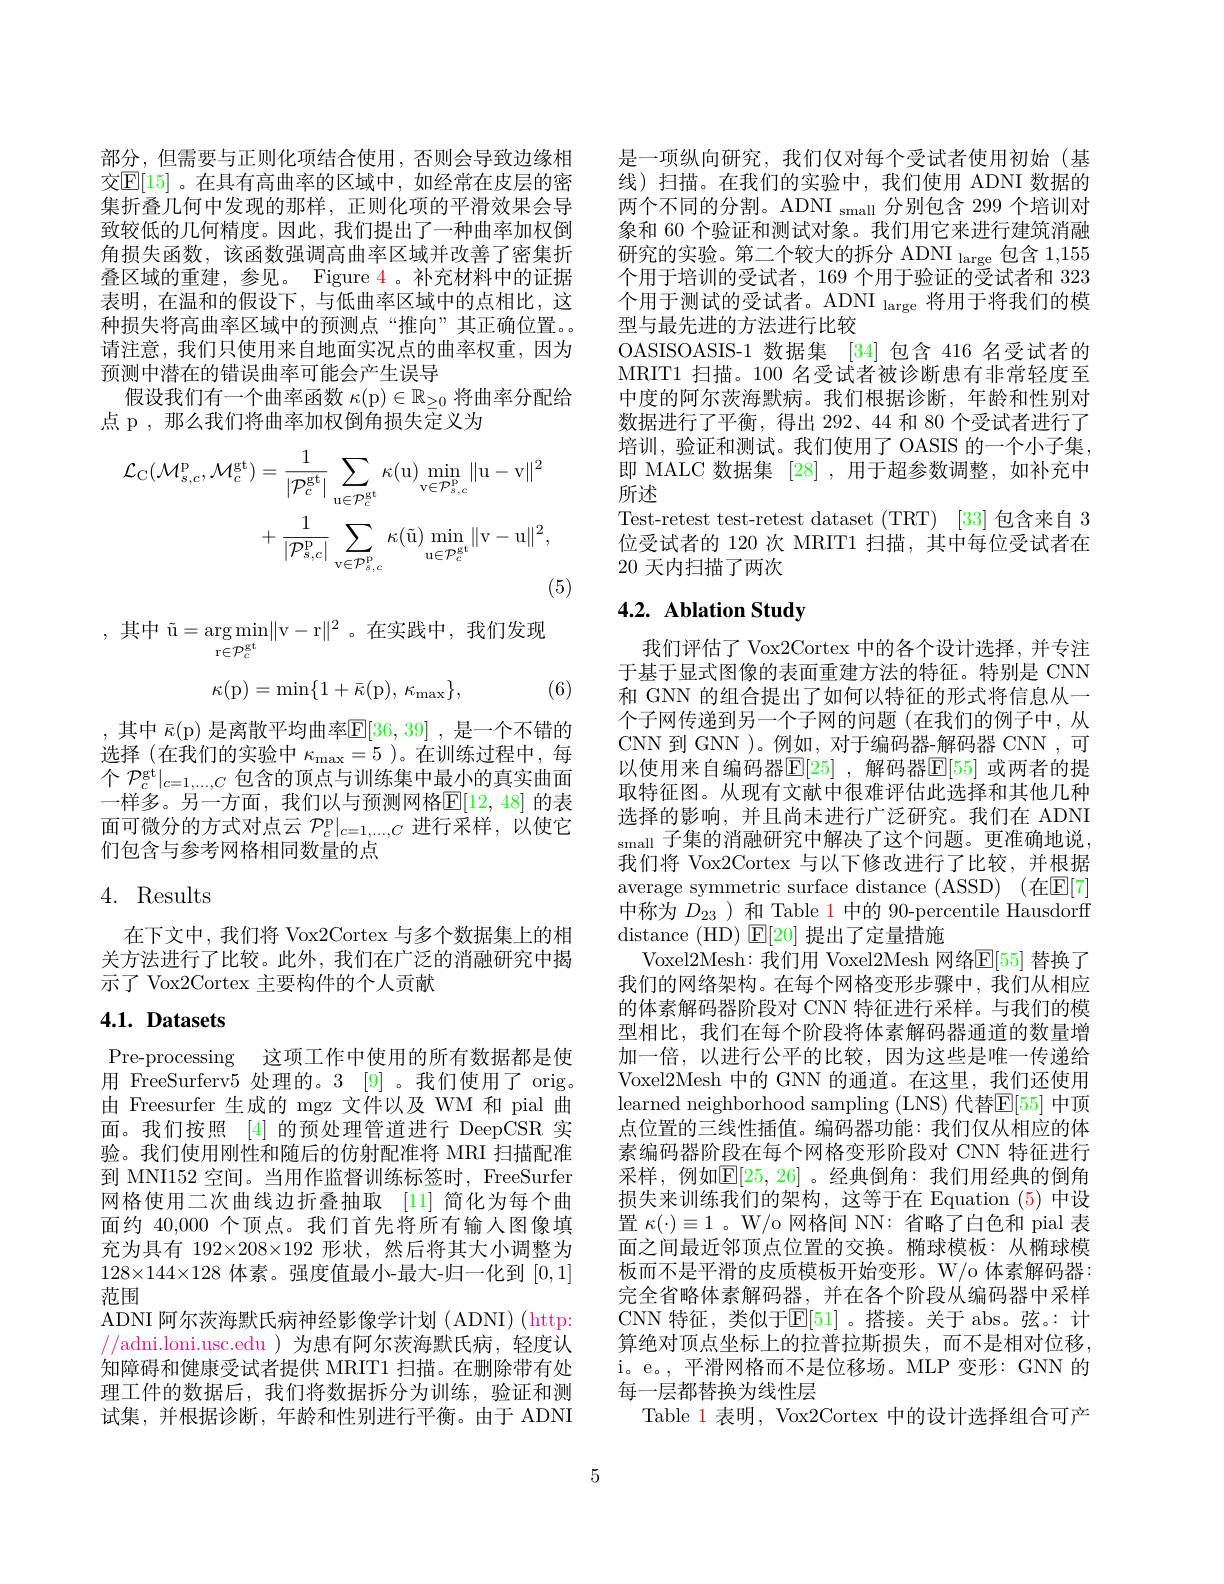
部分，但需要与正则化项结合使用，否则会导致边缘相交$\mathbb{E}[15]$。在具有高曲率的区域中，如经常在皮层的密集折叠几何中发现的那样，正则化项的平滑效果会导致较低的几何精度。因此，我们提出了一种曲率加权倒角损失函数，该函数强调高曲率区域并改善了密集折叠区域的重建，参见。Figure 4。补充材料中的证据表明，在温和的假设下，与低曲率区域中的点相比，这种损失将高曲率区域中的预测点“推向”其正确位置。请注意，我们只使用来自地面实况点的曲率权重，因为预测中潜在的错误曲率可能会产生误导
假设我们有一个曲率函数$\kappa(\mathfrak{p})\in\mathbb{R}_\geq0$将曲率分配给
点 p , 那么我们将曲率加权倒角损失定义为
$$\begin{aligned}\mathcal{L}_{\mathrm{C}}(\mathcal{M}_{s,c}^{\mathrm{p}},\mathcal{M}_{c}^{\mathrm{gt}})&=\frac{1}{|\mathcal{P}_{c}^{\mathrm{gt}}|}\sum_{\mathrm{u}\in\mathcal{P}_{c}^{\mathrm{gt}}}\kappa(\mathrm{u})\operatorname*{min}_{\mathrm{v}\in\mathcal{P}_{s,c}^{\mathrm{p}}}\|\mathrm{u}-\mathrm{v}\|^{2}\\&+\frac{1}{|\mathcal{P}_{s,c}^{\mathrm{p}}|}\sum_{\mathrm{v}\in\mathcal{P}_{s,c}^{\mathrm{p}}}\kappa(\tilde{\mathrm{u}})\operatorname*{min}_{\mathrm{u}\in\mathcal{P}_{c}^{\mathrm{gt}}}\|\mathrm{v}-\mathrm{u}\|^{2},\end{aligned}$$
(5)

,其中$\tilde{\text{u}}=\arg\min_\mathrm{r\in\mathcal{P}_c^\mathrm{gt}}\|$v-r$\|^2$。在实践中，我们发现
$$\kappa(\mathrm{p})=\min\{1+\bar{\kappa}(\mathrm{p}),\:\kappa_{\max}\},$$
(6)

,其中$\bar{\kappa}(\mathfrak{p})$是离散平均曲率$\mathbb{E}[36,39]$ ,是一个不错的选择(在我们的实验中$\kappa_\mathrm{max}=5$ )。在训练过程中，每个$\mathcal{P}_c^\mathrm{gt}|_{c=1,\ldots,C}$包含的顶点与训练集中最小的真实曲面一样多。另一方面，我们以与预测网格$\mathbb{E}[12,48]$ 的表面可微分的方式对点云$\mathcal{P}_c^\mathrm{p}|_{c=1,\ldots,C}$进行采样，以使它们包含与参考网格相同数量的点

# 4. Results

在下文中，我们将 Vox2Cortex 与多个数据集上的相关方法进行了比较。此外，我们在广泛的消融研究中揭示了 Vox2Cortex 主要构件的个人贡献

# 4.1. Datasets

Pre-processing 这项工作中使用的所有数据都是使用 FreeSurferv5 处理的。3 [9] 。我们使用了 orig。由 Freesurfer 生成的 mgz 文件以及 WM 和 pial 曲面。我们按照[4]的预处理管道进行 DeepCSR 实验。我们使用刚性和随后的仿射配准将 MRI 扫描配准到 MNI152 空间。当用作监督训练标签时，FreeSurfer 网格使用二次曲线边折叠抽取 [11] 简化为每个曲面约 40,000 个顶点。我们首先将所有输入图像填充为具有 192×208×192 形状，然后将其大小调整为$128\times144\times128$体素。强度值最小-最大-归一化到[0,1] 范围
ADNI 阿尔茨海默氏病神经影像学计划 (ADNI) (http: //adni.loni.usc.edu )为患有阿尔茨海默氏病，轻度认知障碍和健康受试者提供 MRIT1 扫描。在删除带有处理工件的数据后，我们将数据拆分为训练，验证和测试集，并根据诊断，年龄和性别进行平衡。由于 ADNI

是一项纵向研究，我们仅对每个受试者使用初始(基线)扫描。在我们的实验中，我们使用 ADNI 数据的两个不同的分割。ADNI $_\text{small}$分别包含 299 个培训对象和 60 个验证和测试对象。我们用它来进行建筑消融研究的实验。第二个较大的拆分 ADNI $_\text{large 包含 }1,155$ 个用于培训的受试者，169 个用于验证的受试者和 323个用于测试的受试者。ADNI $_\mathrm{large}$将用于将我们的模型与最先进的方法进行比较
OASISOASIS-1 数据集 [34] 包含 416 名受试者的MRIT1 扫描。100 名受试者被诊断患有非常轻度至中度的阿尔茨海默病。我们根据诊断，年龄和性别对数据进行了平衡，得出 292、44 和 80 个受试者进行了培训，验证和测试。我们使用了 OASIS 的一个小子集， 即 MALC 数据集 [28] ,用于超参数调整，如补充中所述
Test-retest test-retest dataset (TRT) [33] 包含来自 3位受试者的 120 次 MRIT1 扫描，其中每位受试者在20天内扫描了两次

# 4.2. Ablation Study

我们评估了 Vox2Cortex 中的各个设计选择，并专注于基于显式图像的表面重建方法的特征。特别是 CNN 和 GNN 的组合提出了如何以特征的形式将信息从一个子网传递到另一个子网的问题(在我们的例子中，从CNN 到 GNN )。例如，对于编码器-解码器 CNN ,可以使用来自编码器$\mathbb{E}[25]$ ,解码器$\mathbb{E}[55]$ 或两者的提取特征图。从现有文献中很难评估此选择和其他几种选择的影响，并且尚未进行广泛研究。我们在 ADNI small 子集的消融研究中解决了这个问题。更准确地说， 我们将 Vox2Cortex 与以下修改进行了比较，并根据average symmetric surface distance (ASSD) (在E[7] 中称为$D_{23}$ )和 Table 1 中的 90-percentile Hausdorff distance (HD) $\operatorname{E}[20]$提出了定量措施
Voxel2Mesh:我们用 Voxel2Mesh 网络$\mathbb{E}[55]$ 替换了我们的网络架构。在每个网格变形步骤中，我们从相应的体素解码器阶段对 CNN 特征进行采样。与我们的模型相比，我们在每个阶段将体素解码器通道的数量增加一倍，以进行公平的比较，因为这些是唯一传递给Voxel2Mesh 中的 GNN 的通道。在这里，我们还使用learned neighborhood sampling (LNS) 代替$\mathbb{E}[55]$ 中顶点位置的三线性插值。编码器功能：我们仅从相应的体素编码器阶段在每个网格变形阶段对 CNN 特征进行采样，例如$\mathbb{E}[25,26]$ 。经典倒角：我们用经典的倒角损失来训练我们的架构，这等于在 Equation (5)中设置$\kappa(\cdot)\equiv1$ 。W/o 网格间 NN: 省略了白色和 pial 表面之间最近邻顶点位置的交换。椭球模板：从椭球模板而不是平滑的皮质模板开始变形。W/o 体素解码器： 完全省略体素解码器，并在各个阶段从编码器中采样CNN 特征，类似于$\mathbb{E}[51]$。搭接。关于 abs。弦。:计算绝对顶点坐标上的拉普拉斯损失，而不是相对位移， i。e。,平滑网格而不是位移场。MLP 变形：GNN 的每一层都替换为线性层
Table 1 表明，Vox2Cortex 中的设计选择组合可产

5